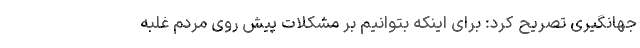
جهانگیری تصریح کرد:‌ برای اینکه بتوانیم بر مشکلات پیش روی مردم غلبه